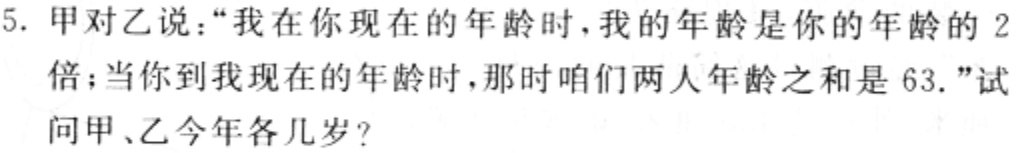
5. 甲对乙说：“我在你现在的年龄时，我的年龄是你的年龄的 2 倍；当你到我现在的年龄时，那时咱们两人年龄之和是 63.”试问甲、乙今年各几岁？